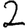
Digit: 2